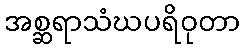
အစ္ဆရာသံဃပရိဝုတာ